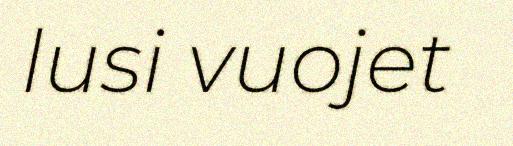
lusi vuojet